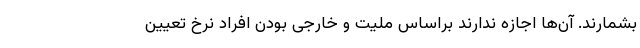
بشمارند. آن‌ها اجازه ندارند براساس ملیت و خارجی بودن افراد نرخ تعیین